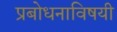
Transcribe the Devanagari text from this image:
प्रबोधनाविषयी